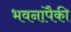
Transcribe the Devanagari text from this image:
भवनांपैकी